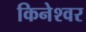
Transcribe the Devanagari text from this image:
किनेश्वर